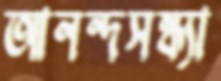
আনন্দসন্ধ্যা